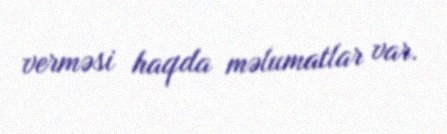
verməsi haqda məlumatlar var.